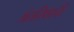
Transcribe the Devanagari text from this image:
अंतरिक्षाची